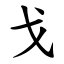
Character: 戈